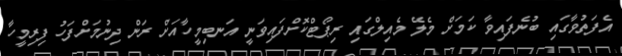
އެފަތުވާގައި ބުނެފައިވާ ކަމަށް މެލޭ މެއިލްގައި ރިޕޯޓްކޮށްފައިވަނީ އަނބިމީހާއަށް ރަން ދިނުމަށްފަހު ފިރިމީހާ